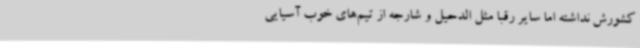
کشورش نداشته اما سایر رقبا مثل الدحیل و شارجه از تیم‌های خوب آسیایی